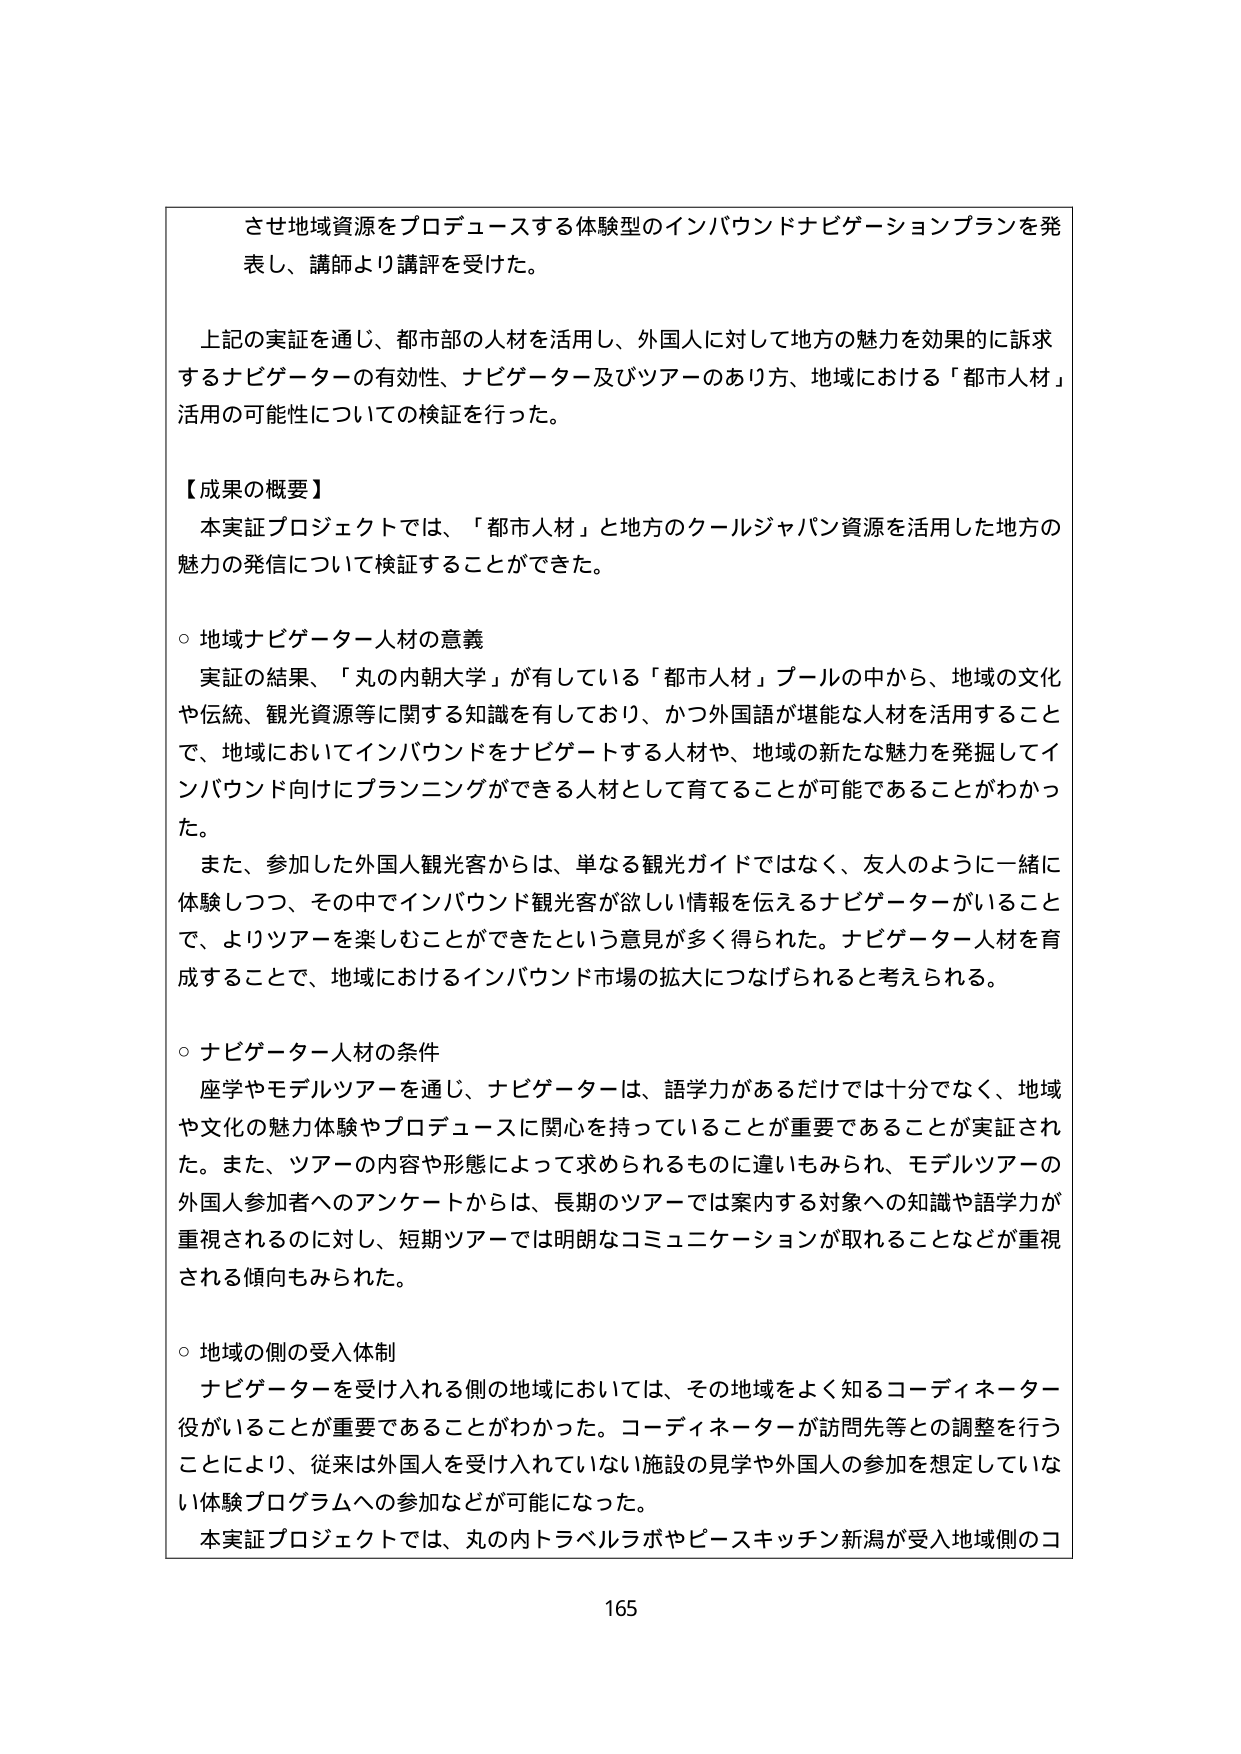
させ地域資源をプロデュースする体験型のインバウンドナビゲーションプランを発表し、講師より講評を受けた。

上記の実証を通じ、都市部の人材を活用し、外国人に対して地方の魅力を効果的に訴求するナビゲーターの有効性、ナビゲーター及びツアーのあり方、地域における「都市人材」活用の可能性についての検証を行った。

【成果の概要】
本実証プロジェクトでは、「都市人材」と地方のクールジャパン資源を活用した地方の魅力の発信について検証することができた。

○ 地域ナビゲーター人材の意義
実証の結果、「丸の内朝大学」が有している「都市人材」プールの中から、地域の文化や伝統、観光資源等に関する知識を有しており、かつ外国語が堪能な人材を活用することで、地域においてインバウンドをナビゲートする人材や、地域の新たな魅力を発掘してインバウンド向けにプランニングができる人材として育てることが可能であることがわかった。
また、参加した外国人観光客からは、単なる観光ガイドではなく、友人のように一緒に体験しつつ、その中でインバウンド観光客が欲しい情報を伝えるナビゲーターがいることで、よりツアーを楽しむことができたという意見が多く得られた。ナビゲーター人材を育成することで、地域におけるインバウンド市場の拡大につなげられると考えられる。

○ ナビゲーター人材の条件
座学やモデルツアーを通じ、ナビゲーターは、語学力があるだけでは十分でなく、地域や文化の魅力体験やプロデュースに関心を持っていることが重要であることが実証された。また、ツアーの内容や形態によって求められるものに違いもみられ、モデルツアーの外国人参加者へのアンケートからは、長期のツアーでは案内する対象への知識や語学力が重視されるのに対し、短期ツアーでは明朗なコミュニケーションが取れることなどが重視される傾向もみられた。

○ 地域の側の受入体制
ナビゲーターを受け入れる側の地域においては、その地域をよく知るコーディネーター役がいることが重要であることがわかった。コーディネーターが訪問先等との調整を行うことにより、従来は外国人を受け入れていない施設の見学や外国人の参加を想定していない体験プログラムへの参加などが可能になった。
本実証プロジェクトでは、丸の内トラベルラボやピースキッチン新潟が受入地域側のコ

165